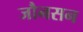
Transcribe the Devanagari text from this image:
जौनसन